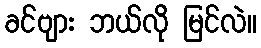
ခင်ဗျား ဘယ်လို မြင်လဲ။